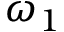
\omega _ { 1 }